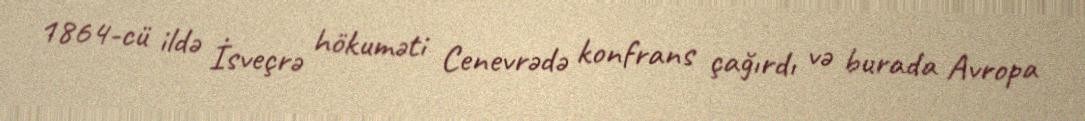
1864-cü ildə İsveçrə hökuməti Cenevrədə konfrans çağırdı və burada Avropa